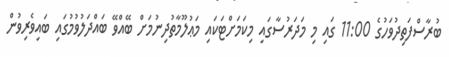
ބުރާސްފަތިދުވަހުގެ 11:00 ގައި މި މަދަރުސާގައި މިކަމަށްޓަކައި މަޢުލޫމާތުދިނުމަށް ބޭއްވޭ ބައްދަލުވުމުގައި ބައިވެރިވުން